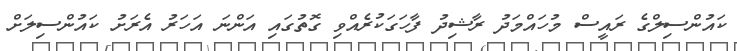
ކައުންސިލްގެ ރައީސް މުހައްމަދު ރާޝިދު ފާހަގަކުރެއްވި ގޮތުގައި އަންނަ އަހަރު އެރަށު ކައުންސިލަށް